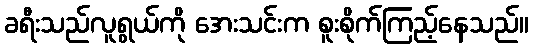
ခရီးသည်လူရွယ်ကို အေးသင်းက စူးစိုက်ကြည့်နေသည်။